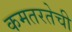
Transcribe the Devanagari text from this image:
कमतरतेची